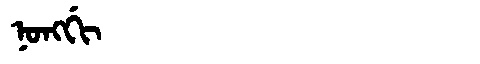
Manchu: ᠨᠣᠩᡤᡳ
Romanization: NONGGI